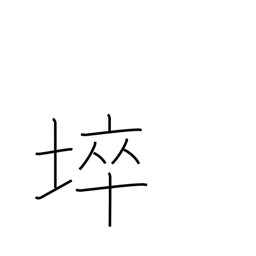
Meaning: barren land